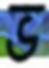
ভ